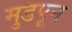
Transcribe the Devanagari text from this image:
मुडपून